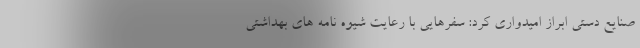
صنایع دستی ابراز امیدواری کرد: سفرهایی با رعایت شیوه نامه های بهداشتی